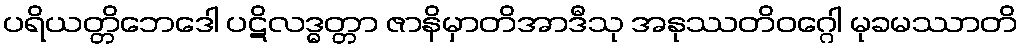
ပရိယတ္တိဘေဒေါ ပဋိလဒ္ဓတ္တာ ဇာနိမှာတိအာဒီသု အနုဿတိဝဂ္ဂေါ မုခမဿာတိ